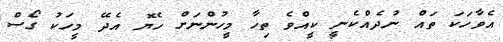
އެވާހަކަ ތައް ނުދެއްކެނީ ކީއްވެ ތިހާ މީހުންނަށް ހެޔޮ އެދޭ މީހަކު ގޯސް